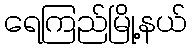
ရေကြည်မြို့နယ်